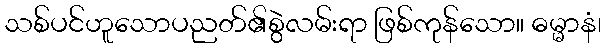
သစ်ပင်ဟူသောပညတ်၏စွဲလမ်းရာ ဖြစ်ကုန်သော။ ဓမ္မာနံ၊